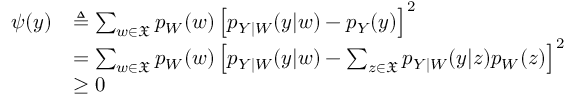
\begin{array} { r l } { \psi ( y ) } & { \triangleq \sum _ { w \in \mathfrak { X } } p _ { W } ( w ) \left[ p _ { Y | W } ( y | w ) - p _ { Y } ( y ) \right] ^ { 2 } } \\ & { = \sum _ { w \in \mathfrak { X } } p _ { W } ( w ) \left[ p _ { Y | W } ( y | w ) - \sum _ { z \in \mathfrak { X } } p _ { Y | W } ( y | z ) p _ { W } ( z ) \right] ^ { 2 } } \\ & { \ge 0 } \end{array}